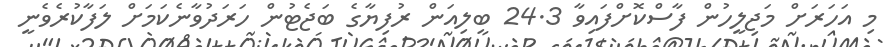
މި އަހަރަށް މަޖިލީހުން ފާސްކޮށްފައިވާ 24.3 ބިލިއަން ރުފިޔާގެ ބަޖެޓުން ހަރަދުވާނެކަމަށް ލަފާކުރެވެނީ